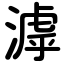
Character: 滹